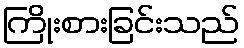
ကြိုးစားခြင်းသည်